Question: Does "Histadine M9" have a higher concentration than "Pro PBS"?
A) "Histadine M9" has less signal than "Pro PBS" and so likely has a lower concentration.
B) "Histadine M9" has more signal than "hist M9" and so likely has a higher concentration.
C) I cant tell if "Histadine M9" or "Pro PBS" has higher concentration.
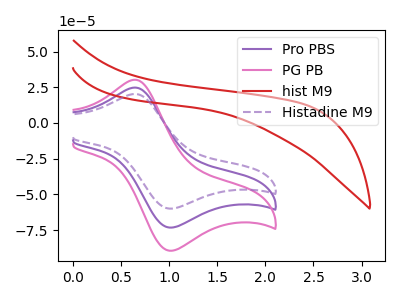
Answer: <think>The purple curve "Pro PBS" has an anodic peak at (0.65V, 24.75uA) and a cathodic peak at (1.05V, -73.15uA). The pink curve "PG PB" has an anodic peak at (0.65V, 49.50uA) and a cathodic peak at (1.05V, -146.35uA). The red curve "hist M9" has no peaks. The purple dashed curve "Histadine M9" has an anodic peak at (0.65V, 20.25uA) and a cathodic peak at (1.05V, -59.90uA).
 All the peaks in "Histadine M9" have a peak in "Pro PBS" at the same potential. Every peak in "Histadine M9" is lower than every peak in "Pro PBS".</think>
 <answer>A) "Histadine M9" has less signal than "Pro PBS" and so likely has a lower concentration.</answer>
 <eval>A</eval>